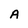
Character: A